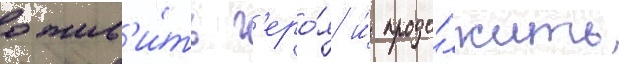
ожив'и́ть г'еро́я и́ продо́лжить